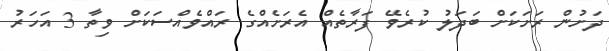
ދަށުން ރަށަކަށް ބަދަލު ކުރެވޭ ފަރާތެއް އެރަށެއްގެ ރައްވެއްސަކަށް ވިތާ 3 އަހަރު